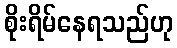
စိုးရိမ်နေရသည်ဟု